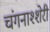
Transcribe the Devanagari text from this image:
चंगनाश्शेरी